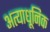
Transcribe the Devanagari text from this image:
अत्याधूनिक